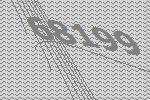
68199